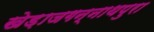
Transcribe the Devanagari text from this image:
खेड़ाजगन्नाथपुरा